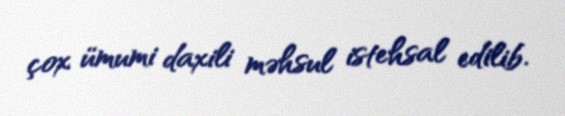
çox ümumi daxili məhsul istehsal edilib.